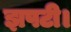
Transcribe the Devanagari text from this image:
झपटी।